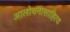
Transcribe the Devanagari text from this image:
आलोचनासाहित्य